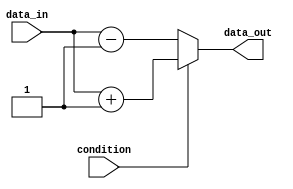
module if_else_statement (
    input wire condition,
    input wire data_in,
    output reg data_out
);

always @(*) begin
    if (condition) begin
        data_out = data_in + 1; // Increment data_in by 1 if condition is true
    end else begin
        data_out = data_in - 1; // Decrement data_in by 1 if condition is false
    end
end

endmodule